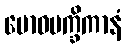
ဗောဓပက္ခိကာနံ